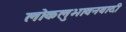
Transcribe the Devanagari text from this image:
लोकलुभावनवादी